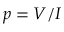
p = V / I